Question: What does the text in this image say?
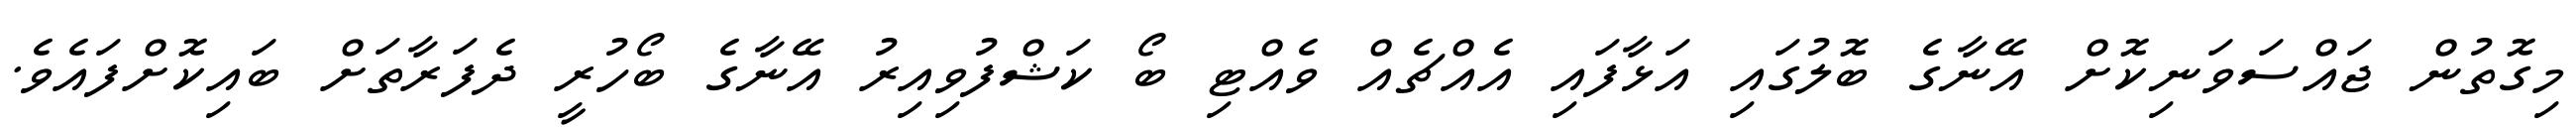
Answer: މިގޮތުން ޖައްސަވަނިކޮށް އޭނާގެ ބޮލުގައި އަޅާފައި އެއްޗެއް ވެއްޓި ބޯ ކަޝްފުވިއިރު އޭނާގެ ބޯހުރީ ދެފަރާތަށް ބައިކޮށްފައެވެ.